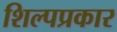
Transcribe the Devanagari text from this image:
शिल्पप्रकार